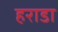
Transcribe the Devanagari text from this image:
हराडा